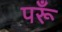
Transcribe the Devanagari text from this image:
परूँ